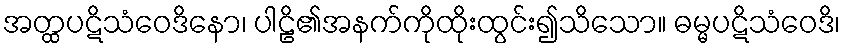
အတ္ထပဋိသံဝေဒိနော၊ ပါဠိ၏အနက်ကိုထိုးထွင်း၍သိသော။ ဓမ္မပဋိသံဝေဒိ၊